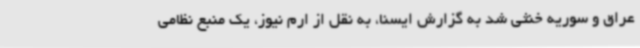
عراق و سوریه خنثی شد به گزارش ایسنا، به نقل از ارم نیوز، یک منبع نظامی